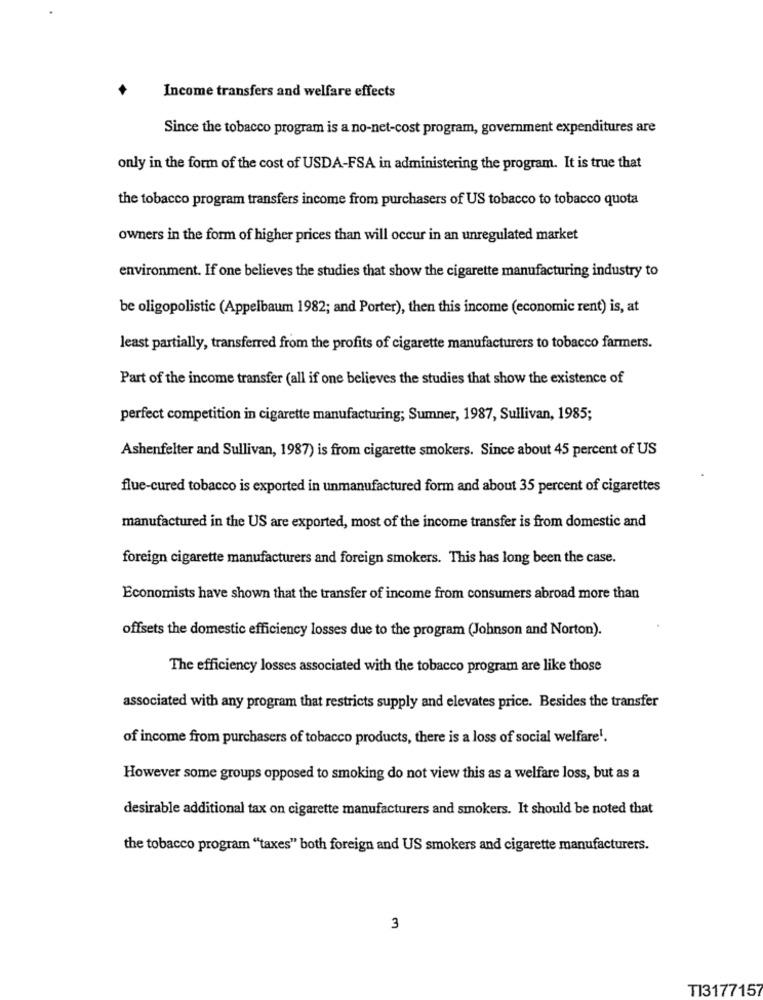
Income transfers and welfare effects
Since the tobacco program is a no-net-cost program, government expenditures are
only in the form of the cost of USDA-FSA in administering the program. It is true that
the tobacco program transfers income from purchasers of US tobacco to tobacco quota
owners in the form of higher prices than will occur in an unregulated market
environment. If one believes the studies that show the cigarette manufacturing industry to
be oligopolistic (Appelbaum 1982; and Porter), then this income (economic rent) is, at
least partially, transferred from the profits of cigarette manufacturers to tobacco farmers.
Part of the income transfer (all if one believes the studies that show the existence of
perfect competition in cigarette manufacturing; Sumner, 1987, Sullivan, 1985;
Ashenfelter and Sullivan, 1987) is from cigarette smokers. Since about 45 percent of US
flue-cured tobacco is exported in unmanufactured form and about 35 percent of cigarettes
manufactured in the US are exported, most of the income transfer is from domestic and
foreign cigarette manufacturers and foreign smokers. This has long been the case.
Economists have shown that the transfer of income from consumers abroad more than
offsets the domestic efficiency losses due to the program (Johnson and Norton).
The efficiency losses associated with the tobacco program are like those
associated with any program that restricts supply and elevates price. Besides the transfer
of income from purchasers of tobacco products, there is a loss of social welfare !.
However some groups opposed to smoking do not view this as a welfare loss, but as a
desirable additional tax on cigarette manufacturers and smokers. It should be noted that
the tobacco program "taxes" both foreign and US smokers and cigarette manufacturers.
3
TI3177157